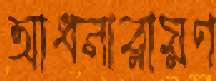
আধনারায়ণ